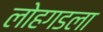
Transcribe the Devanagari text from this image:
लोहगडला